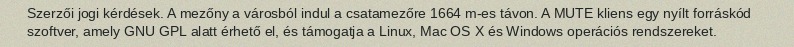
Szerzői jogi kérdések. A mezőny a városból indul a csatamezőre 1664 m-es távon. A MUTE kliens egy nyílt forráskód szoftver, amely GNU GPL alatt érhető el, és támogatja a Linux, Mac OS X és Windows operációs rendszereket.